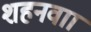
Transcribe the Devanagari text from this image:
शहनवाा